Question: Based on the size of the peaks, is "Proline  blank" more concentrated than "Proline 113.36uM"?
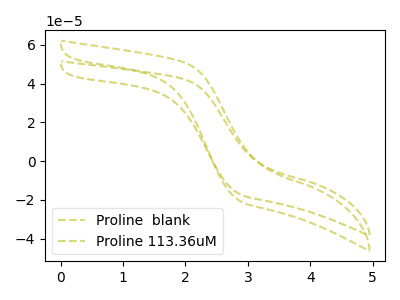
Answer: <think>The olive dashed curve "Proline  blank" has no peaks. The olive dashed curve "Proline 113.36uM" has no peaks.
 Neither "Proline 113.36uM" or "Proline  blank" have any peaks.</think>
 <answer>I cant tell if "Proline 113.36uM" or "Proline  blank" has higher concentration.</answer>
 <eval>mixed_concentration</eval>